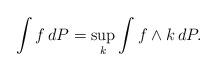
LaTeX: \begin{align*}\int f\,dP=\sup_k\int f\wedge k\,dP.\end{align*}